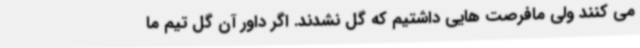
می کنند ولی مافرصت هایی داشتیم که گل نشدند. اگر داور آن گل تیم ما